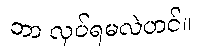
ဘာ လုပ်ရမလဲဟင်။